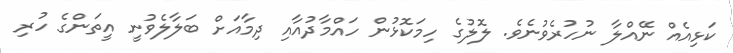
ކަޅިއެއް ނޭއްލާ ނުހުރެވުނެވެ. ލޮލުގެ ހިމަކޮޅުން ހައްމާދުއާއި ދިމާއަށް ބަލާލެވުނީ އީތަންގެ ހުރި